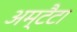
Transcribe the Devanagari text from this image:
अम्टैटा